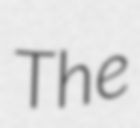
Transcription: The